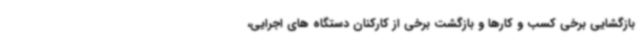
بازگشایی برخی کسب و کارها و بازگشت برخی از کارکنان دستگاه های اجرایی،